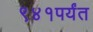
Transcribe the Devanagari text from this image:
९४१पर्यंत